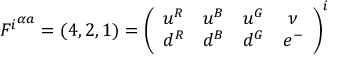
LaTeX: { F ^ { i } } ^ { \alpha a } = ( 4 , 2 , 1 ) = \left( \begin{array} { c c c c } { { u ^ { R } } } & { { u ^ { B } } } & { { u ^ { G } } } & { { \nu } } \\ { { d ^ { R } } } & { { d ^ { B } } } & { { d ^ { G } } } & { { e ^ { - } } } \end{array} \right) ^ { i }